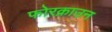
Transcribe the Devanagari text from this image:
फोरक्राउन